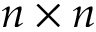
n \times n